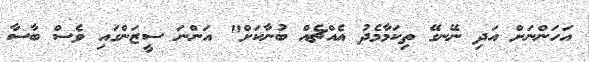
އަހަންނަށް އަދި ނޭނގޭ ތިކަމާމެދު އެއްޗެއް ބުނާކަށް" އަންނަ ސީޒަންގައި ވެސް ބާސާ